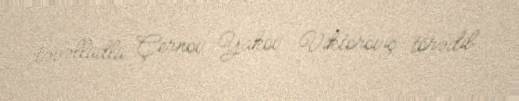
təvəllüdlü Çernov Yakov Viktoroviç törədib.